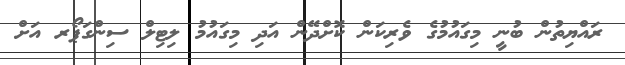
ރައްޔިތުން ބުނީ މިގައުމުގެ ވެރިކަން ކޮށްދޭން އަދި މިގައުމު ލިޓިލް ސިންގަޕޯރ އަށް